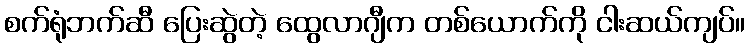
စက်ရုံဘက်ဆီ ပြေးဆွဲတဲ့ ထွေလာဂျီက တစ်ယောက်ကို ငါးဆယ်ကျပ်။